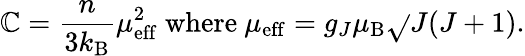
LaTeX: \mathbb{C}={\frac{{n}}{{3k_{\mathrm{{B}}}}}}\mu_{\mathrm{{eff}}}^{2}{\mathrm{{~where~}}}\mu_{\mathrm{{eff}}}=g_{J}\mu_{\mathrm{{B}}}{\sqrt{}{{J(J+1)}}}.